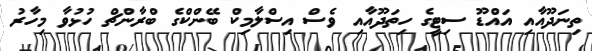
ތިނަދޫއާއި އައްޑޫ ސިޓީގެ ހިތަދޫއާއި ވެސް އިސްލާމިކް ބޭންކްގެ ބްރާންޗް ހުޅުވާ މިހާރު